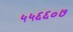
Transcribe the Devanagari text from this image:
५५६६०७